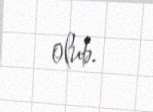
olub.